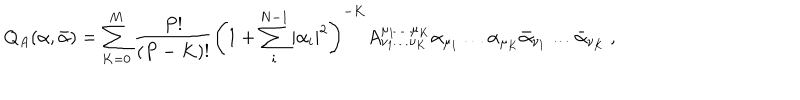
Q _ { A } ( \alpha , \bar { \alpha } ) = \sum _ { K = 0 } ^ { M } \frac { P ! } { ( P - K ) ! } \left( 1 + \sum _ { i } ^ { N - 1 } | \alpha _ { i } | ^ { 2 } \right) ^ { - K } A _ { \nu _ { 1 } \ldots \nu _ { K } } ^ { \mu _ { 1 } \ldots \mu _ { K } } \alpha _ { \mu _ { 1 } } \ldots \alpha _ { \mu _ { K } } \bar { \alpha } _ { \nu _ { 1 } } \ldots \bar { \alpha } _ { \nu _ { K } } \: ,